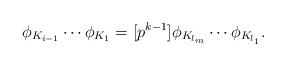
LaTeX: \begin{align*}\phi_{K_{i-1}} \cdots \phi_{K_1} = [p^{k-1}]\phi_{K_{l_m}} \cdots \phi_{K_{l_1}}.\end{align*}